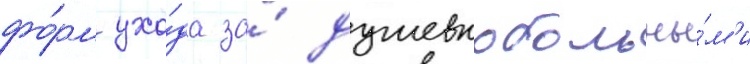
фо́рм ухо́да за́ душевнобольны́м'и